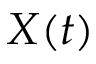
X ( t )